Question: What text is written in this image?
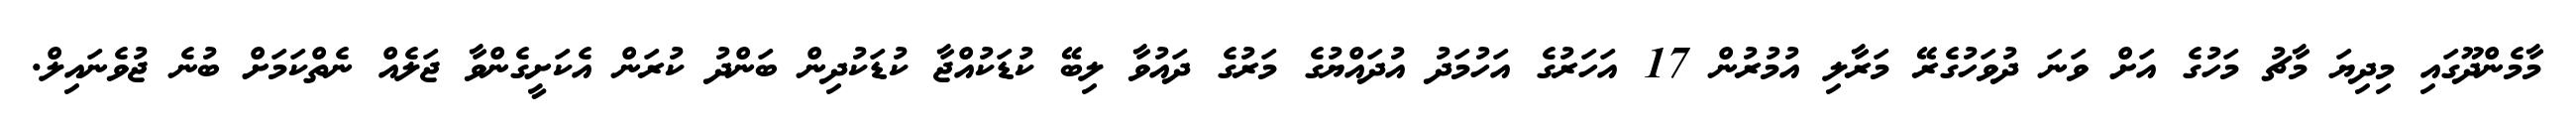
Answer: މާމެންދޫގައި މިދިޔަ މާޗު މަހުގެ އަށް ވަނަ ދުވަހުގެރޭ މަރާލި އުމުރުން 17 އަހަރުގެ އަހުމަދު އުދައްޔުގެ މަރުގެ ދައުވާ ލިބޭ ކުޑަކުއްޖާ ކުޑަކުދިން ބަންދު ކުރަން އެކަށީގެންވާ ޖަލެއް ނެތްކަމަށް ބުނެ ޖުވެނައިލް.